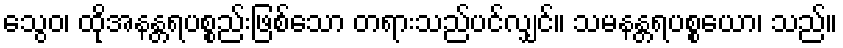
သွေဝ၊ ထိုအနန္တရပစ္စည်းဖြစ်သော တရားသည်ပင်လျှင်။ သမနန္တရပစ္စယော၊ သည်။